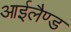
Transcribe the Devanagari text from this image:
आईलैण्‍ड